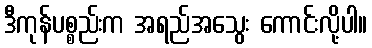
ဒီကုန်ပစ္စည်းက အရည်အသွေး ကောင်းလို့ပါ။